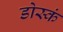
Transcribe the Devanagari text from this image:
डोस्कं